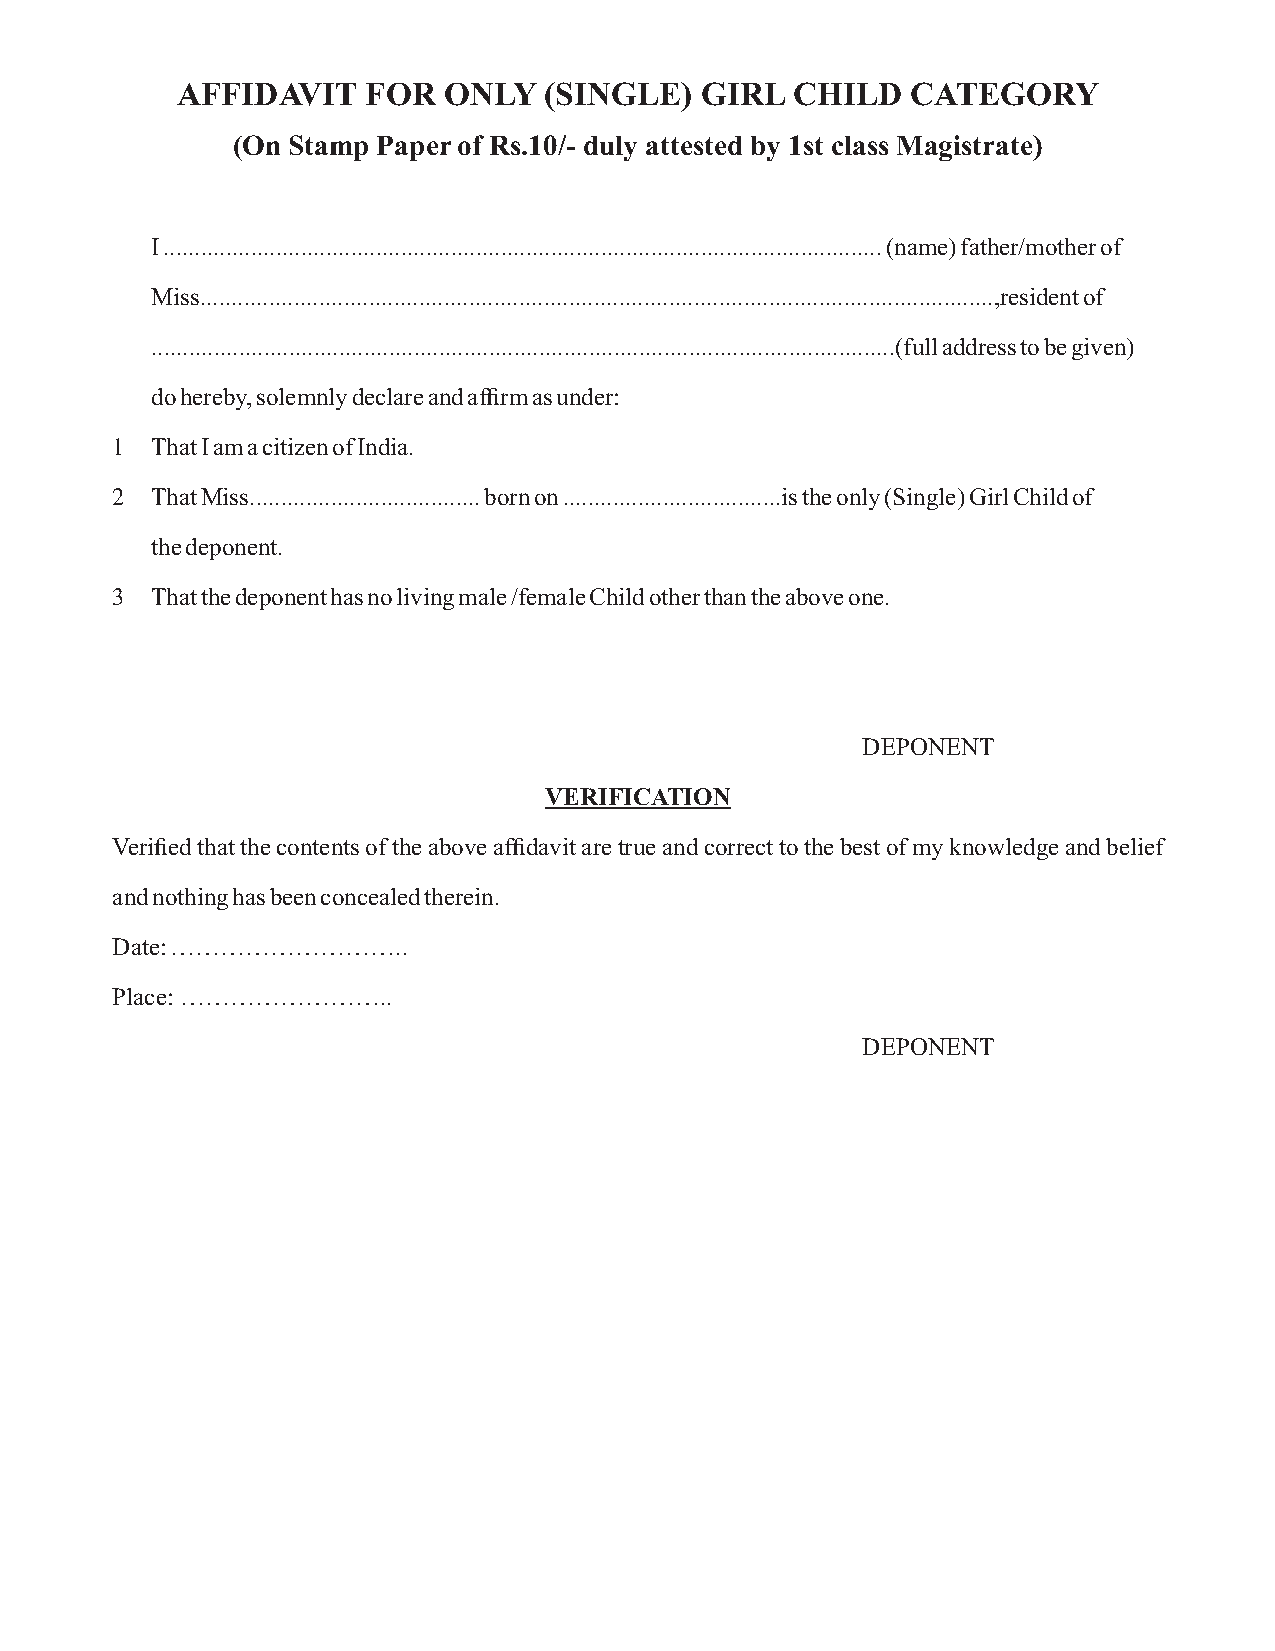
AFFIDAVIT   FOR  ONLY   (SINGLE)  GIRL  CHILD   CATEGORY
 (On Stamp Paper of Rs.10/- duly attested by 1st class Magistrate)
 I ................................................................................................................... (name) father/mother of
 Miss...............................................................................................................................,resident of
 .......................................................................................................................(full address to be given)
 do hereby, solemnly declare and affirm as under:
 1  That I am a citizen of India.
 2  That Miss..................................... born on ...................................is the only (Single) Girl Child of
 the deponent.
 3  That the deponent has no living male /female Child other than the above one.
 DEPONENT
 VERIFICATION
 Verified that the contents of the above affidavit are true and correct to the best of my knowledge and belief
 and nothing has been concealed therein.
 Date: ………………………..
 Place: ……………………..
 DEPONENT